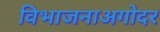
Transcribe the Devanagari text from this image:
विभाजनाअगोदर